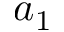
a _ { 1 }